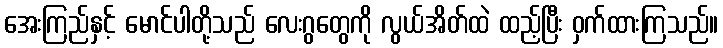
အေးကြည်နှင့် မောင်ပါတို့သည် လေးဂွတွေကို လွယ်အိတ်ထဲ ထည့်ပြီး ဝှက်ထားကြသည်။